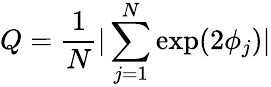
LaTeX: Q=\frac{1}{N}|\sum_{j=1}^{N}\exp(2\phi_{j})|